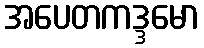
အပေတကဒ္ဒမော